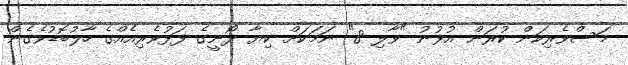
މަސްވެރިކަން ކުރަން އުޅުނު "ވާލި 8" ނަމަކަށް ކިޔާ ދޯނީގެ ފަޅުވެރިއެއްގެ ހާލުބޮޑުވެގެން